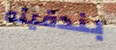
بندقيته